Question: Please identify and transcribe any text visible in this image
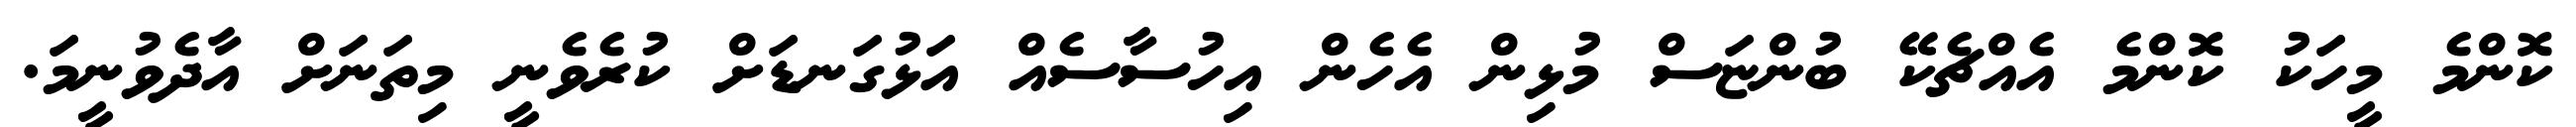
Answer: ކޮންމެ މީހަކު ކޮންމެ އެއްޗެކޭ ބުންޏަސް މުޅިން އެހެން އިހުސާސެއް އަޅުގަނޑަށް ކުރެވެނީ މިތަނަށް އާދެވުނީމަ.